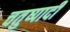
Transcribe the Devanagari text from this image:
चतुष्पादी